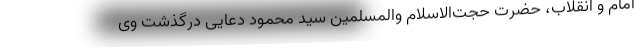
امام و انقلاب، حضرت حجت‌الاسلام والمسلمین سید محمود دعایی درگذشت وی